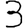
Digit: 3